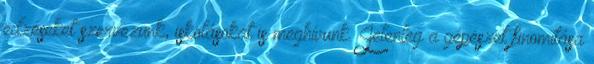
edzéseket szervezünk, iskolásokat is meghívunk. Jelenleg a gépészet finomítása